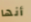
أنها